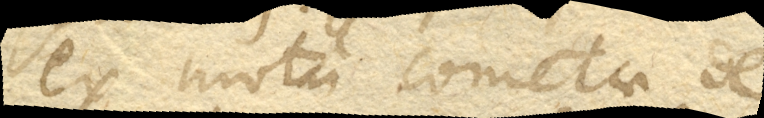
ex motu cometae de